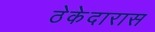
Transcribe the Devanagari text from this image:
ठेकेदारास